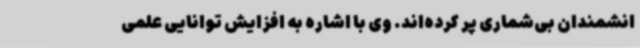
انشمندان بی‌شماری پر کرده‌اند. وی با اشاره به افزایش توانایی علمی